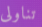
تناولى